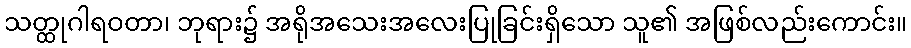
သတ္ထုဂါရဝတာ၊ ဘုရား၌ အရိုအသေးအလေးပြုခြင်းရှိသော သူ၏ အဖြစ်လည်းကောင်း။